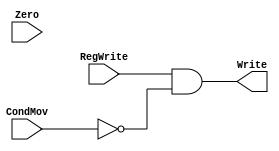
`timescale 1ns / 1ps
//////////////////////////////////////////////////////////////////////////////////
// Company: 
// Engineer: 
// 
// Design Name: 
// Module Name: CondMov
// Project Name: 
// Target Devices: 
// Tool Versions: 
// Description: 
// 
// Dependencies: 
// 
// Revision:
// Revision 0.01 - File Created
// Additional Comments:
// 
//////////////////////////////////////////////////////////////////////////////////


module CondMov(RegWrite, CondMov, Zero, Write);
    
    input RegWrite, CondMov, Zero;
    output reg Write;
    
    //reg And1, And2;
    
    initial begin
        Write <= 0;
    end
    
    always@(RegWrite, CondMov, Zero) begin
        //And1 <= RegWrite & ~CondMov; 
        //And2 <= CondMov  & Zero;
        //Write <= And1 | And2;
        Write <= RegWrite && ~CondMov;
    end

endmodule